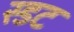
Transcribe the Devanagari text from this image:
स्डट